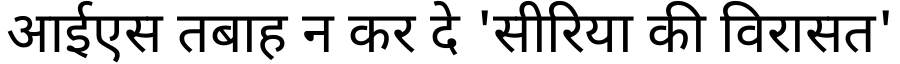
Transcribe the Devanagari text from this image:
आईएस तबाह न कर दे 'सीरिया की विरासत'